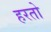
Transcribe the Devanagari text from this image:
हरतो